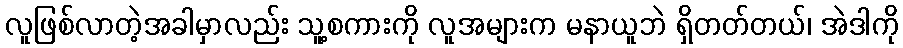
လူဖြစ်လာတဲ့အခါမှာလည်း သူ့စကားကို လူအများက မနာယူဘဲ ရှိတတ်တယ်၊ အဲဒါကို